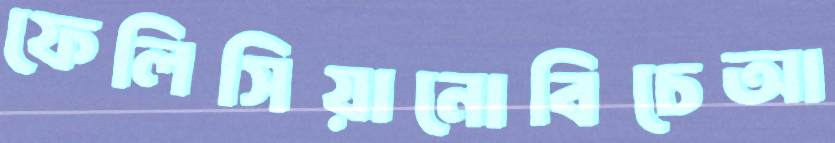
ফেলিসিয়ানোবিচেআ